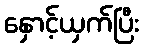
နှောင့်ယှက်ပြီး